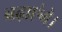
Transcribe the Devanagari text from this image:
बढ़ाएंगे।